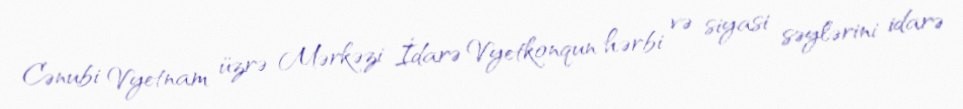
Cənubi Vyetnam üzrə Mərkəzi İdarə Vyetkonqun hərbi və siyasi səylərini idarə